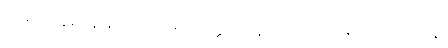
ထိုရဟန်းမိန်းမငယ်ကို။ ဟတ္ထပါဒနာဘိဥဒရပရိယောသာနိ၊